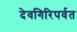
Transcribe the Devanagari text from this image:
देवगिरिपर्वत